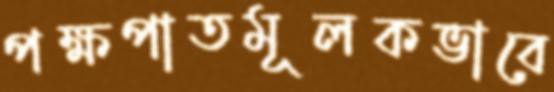
পক্ষপাতমূলকভাবে